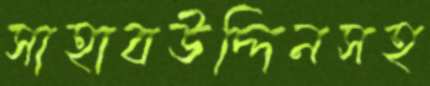
সাহাবউদ্দিনসহ